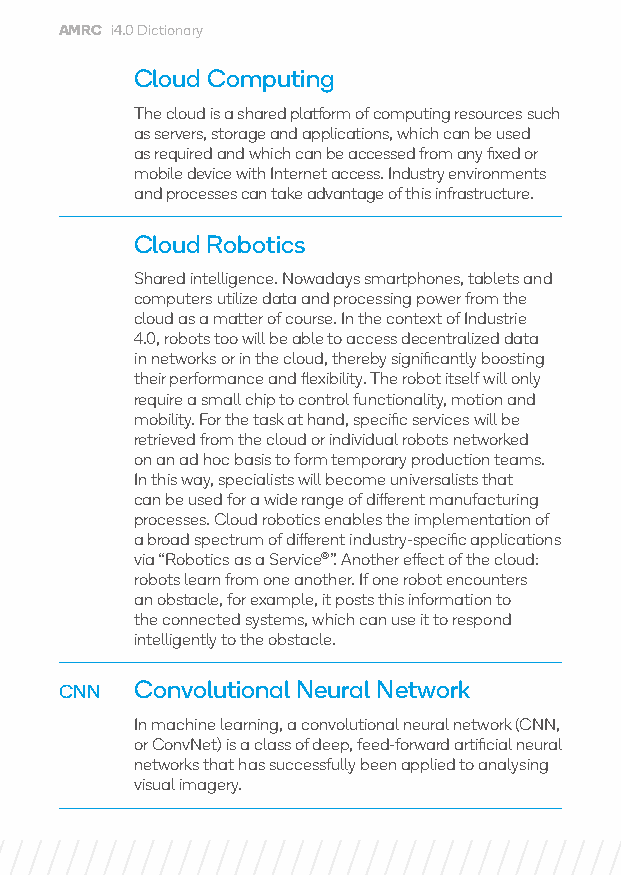
AMRC i4.0 Dictionary
 Cloud Computing
 The cloud is a shared platform of computing resources such
 as servers, storage and applications, which can be used
 as required and which can be accessed from any fixed or
 mobile device with Internet access. Industry environments
 and processes can take advantage of this infrastructure.
 Cloud Robotics
 Shared intelligence. Nowadays smartphones, tablets and
 computers utilize data and processing power from the
 cloud as a matter of course. In the context of Industrie
 4.0, robots too will be able to access decentralized data
 in networks or in the cloud, thereby significantly boosting
 their performance and flexibility. The robot itself will only
 require a small chip to control functionality, motion and
 mobility. For the task at hand, specific services will be
 retrieved from the cloud or individual robots networked
 on an ad hoc basis to form temporary production teams.
 In this way, specialists will become universalists that
 can be used for a wide range of different manufacturing
 processes. Cloud robotics enables the implementation of
 a broad spectrum of different industry-specific applications
 via “Robotics as a Service®”. Another effect of the cloud:
 robots learn from one another. If one robot encounters
 an obstacle, for example, it posts this information to
 the connected systems, which can use it to respond
 intelligently to the obstacle.
 CNN  Convolutional Neural Network
 In machine learning, a convolutional neural network (CNN,
 or ConvNet) is a class of deep, feed-forward artificial neural
 networks that has successfully been applied to analysing
 visual imagery.